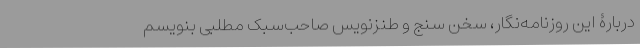
دربارۀ این روزنامه‌نگار، سخن سنج و طنز‌نویس صاحب‌سبک مطلبی بنویسم